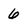
Character: 6